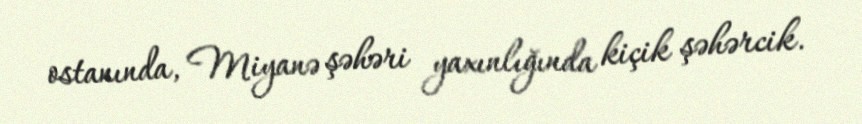
ostanında, Miyanə şəhəri yaxınlığında kiçik şəhərcik.